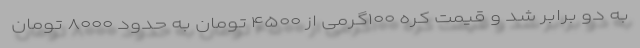
به دو برابر شد و قیمت کره ۱۰۰گرمی از ۴۵۰۰ تومان به حدود ۸۰۰۰ تومان